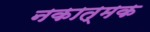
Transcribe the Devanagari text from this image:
नकात्मक